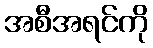
အစီအရင်ကို